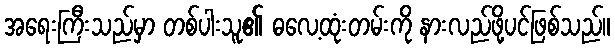
အရေးကြီးသည်မှာ တစ်ပါးသူ၏ ဓလေ့ထုံးတမ်းကို နားလည်ဖို့ပင်ဖြစ်သည်။